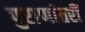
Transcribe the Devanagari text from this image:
पुराणांतरीं